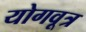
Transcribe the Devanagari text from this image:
योगवूत्र